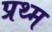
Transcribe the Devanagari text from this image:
प्रथ्म